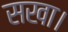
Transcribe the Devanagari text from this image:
सखा।